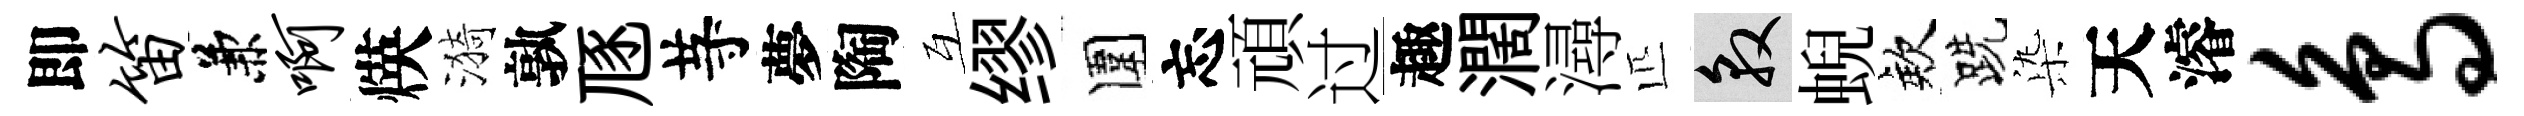
即笛兼啊煐漪孰豗䒭夢陶互缪圍忘頑过趣濶潯匹敦蜺欸跣𣑱天濬鸟